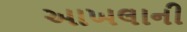
આખલાની